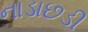
નાડાછડી